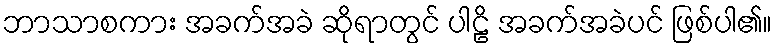
ဘာသာစကား အခက်အခဲ ဆိုရာတွင် ပါဠိ အခက်အခဲပင် ဖြစ်ပါ၏။